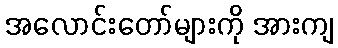
အလောင်းတော်များကို အားကျ